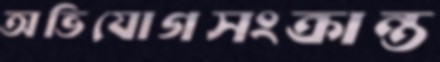
অভিযোগসংক্রান্ত